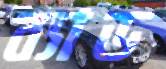
ব্যাড